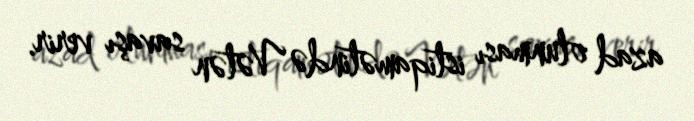
azad olunması istiqamətində Vətən savaşı verir.